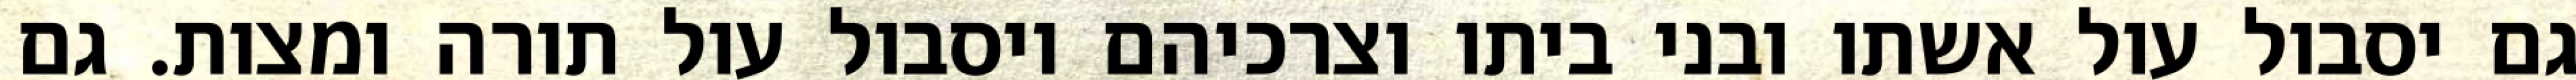
גם יסבול עול אשתו ובני ביתו וצרכיהם ויסבול עול תורה ומצות. גם